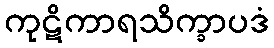
ကုဋိကာရသိက္ခာပဒံ